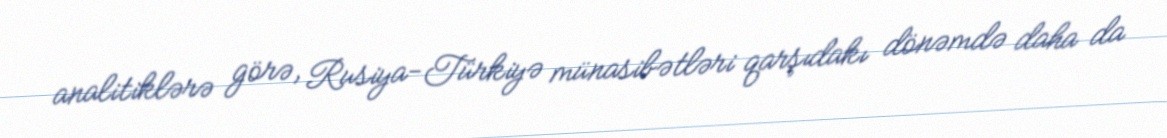
analitiklərə görə, Rusiya-Türkiyə münasibətləri qarşıdakı dönəmdə daha da